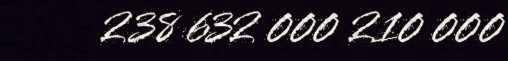
238 632 000 210 000